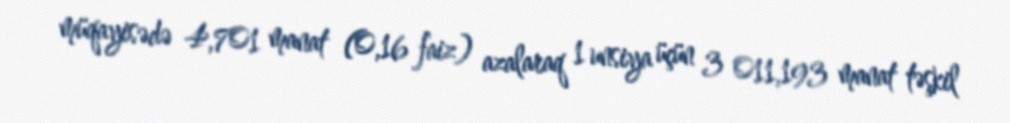
müqayisədə 4,701 manat (0,16 faiz) azalaraq 1 unsiya üçün 3 011,193 manat təşkil